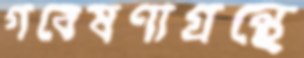
গবেষণাগ্রন্থে